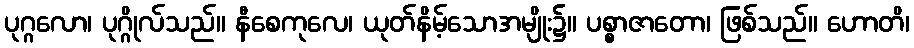
ပုဂ္ဂလော၊ ပုဂ္ဂိုလ်သည်။ နီစေကုလေ၊ ယုတ်နိမ့်သောအမျိုး၌။ ပစ္စာဇာတော၊ ဖြစ်သည်။ ဟောတိ၊